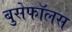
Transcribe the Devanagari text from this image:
बुसेफॉलस